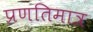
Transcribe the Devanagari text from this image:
प्रणतिमात्र